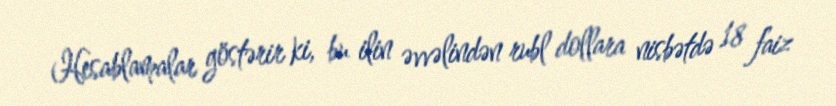
Hesablamalar göstərir ki, bu ilin əvvəlindən rubl dollara nisbətdə 18 faiz